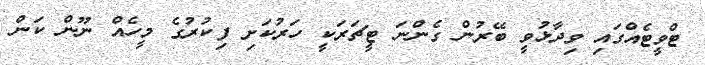
ޓްވީޓެއްގައި ވިދާޅުވީ ބޭރުން ގެންނަ ޓީޗަރަކީ ހަރުކަށި ފިކުރުގެ މީހެއް ނޫން ކަން